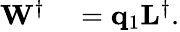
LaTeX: \begin{array}{rl}{\mathbf{W}^{\dagger}}&{{}=\mathbf{q}_{1}\mathbf{L}^{\dagger}.}\end{array}